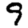
Digit: 9